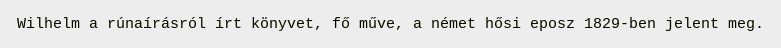
Wilhelm a rúnaírásról írt könyvet, fő műve, a német hősi eposz 1829-ben jelent meg.